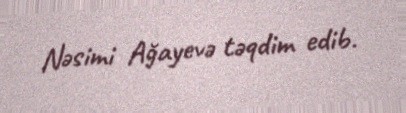
Nəsimi Ağayevə təqdim edib.